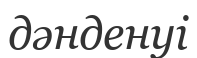
дәнденуі